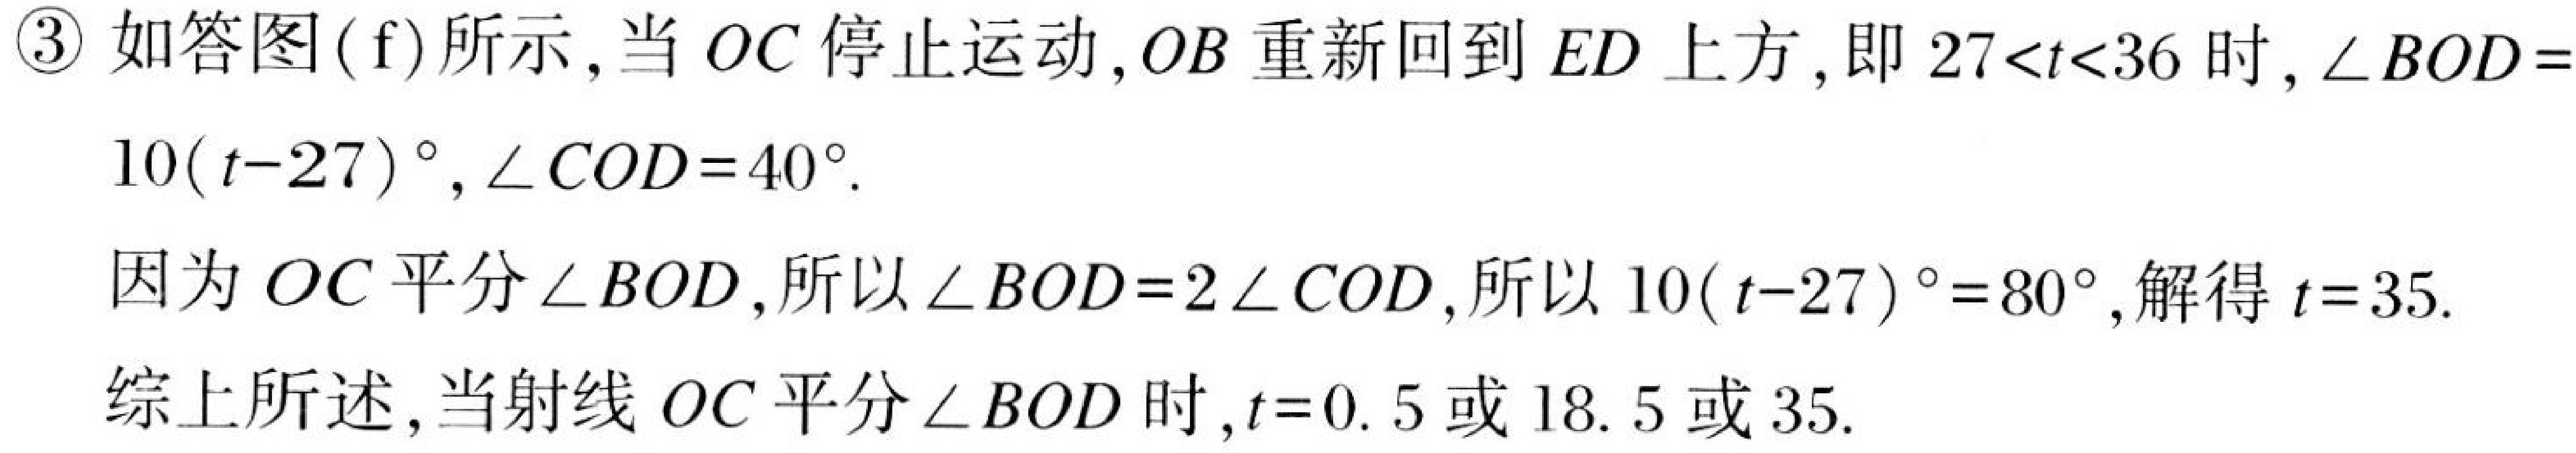
\textcircled{3} 如答图(f)所示,当\(OC\)停止运动,\(OB\)重新回到\(ED\)上方,即\(27<t<36\)时,\(\angle BOD = 10(t - 27)^{\circ}\),\(\angle COD = 40^{\circ}\).
因为\(OC\)平分\(\angle BOD\),所以\(\angle BOD = 2\angle COD\),所以\(10(t - 27)^{\circ}=80^{\circ}\),解得\(t = 35\).
综上所述,当射线\(OC\)平分\(\angle BOD\)时,\(t = 0.5\)或\(18.5\)或\(35\).